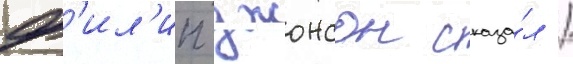
ф'ил'ип джонсон сказа́л /